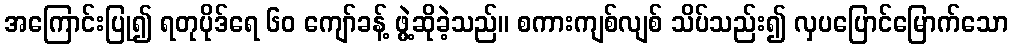
အကြောင်းပြု၍ ရတုပိုဒ်ရေ ၆၀ ကျော်ခန့် ဖွဲ့ဆိုခဲ့သည်။ စကားကျစ်လျစ် သိပ်သည်း၍ လှပပြောင်မြောက်သော